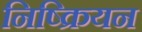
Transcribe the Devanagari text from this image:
निष्क्रियन